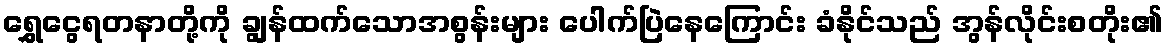
ရွှေငွေရတနာတို့ကို ချွန်ထက်သောအစွန်းများ ပေါက်ပြဲနေကြောင်း ခံနိုင်သည် အွန်လိုင်းစတိုး၏